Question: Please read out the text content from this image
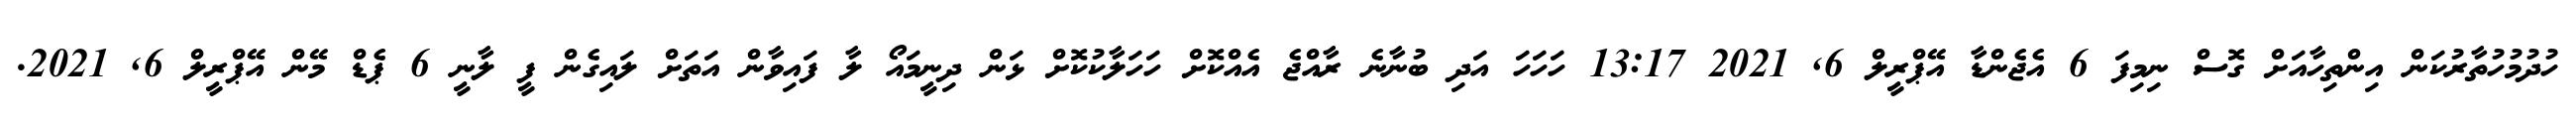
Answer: ހުދުމުހުތާރުކަން އިންތިހާއަށް ގޮސް ނިމިފަ 6 އެޖެންޑާ އޭޕްރީލް 6, 2021 13:17 ހަހަހަ އަދި ބުނާނެ ރާއްޖެ އެއްކޮށް ހަހަލާކުކޮށް ޅަން ދިނީމައޯ ލާ ފައިވާން އަތަށް ލައިގެން ފީ ލާނީ 6 ޕެޑް މޭން އޭޕްރީލް 6, 2021.